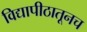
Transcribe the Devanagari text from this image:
विद्यापीठातूनच